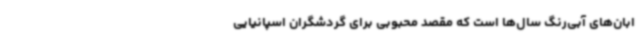
ابان‌های آبی‌رنگ سال‌ها است که مقصد محبوبی برای گردشگران اسپانیایی